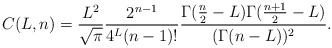
\begin{align*} C(L,n)=\frac{L^2}{\sqrt{\pi}}\frac{2^{n-1}}{4^L (n-1)!}\dfrac{\Gamma(\frac n2-L) \Gamma(\frac{n+1}2-L)}{(\Gamma(n-L))^2} . \end{align*}